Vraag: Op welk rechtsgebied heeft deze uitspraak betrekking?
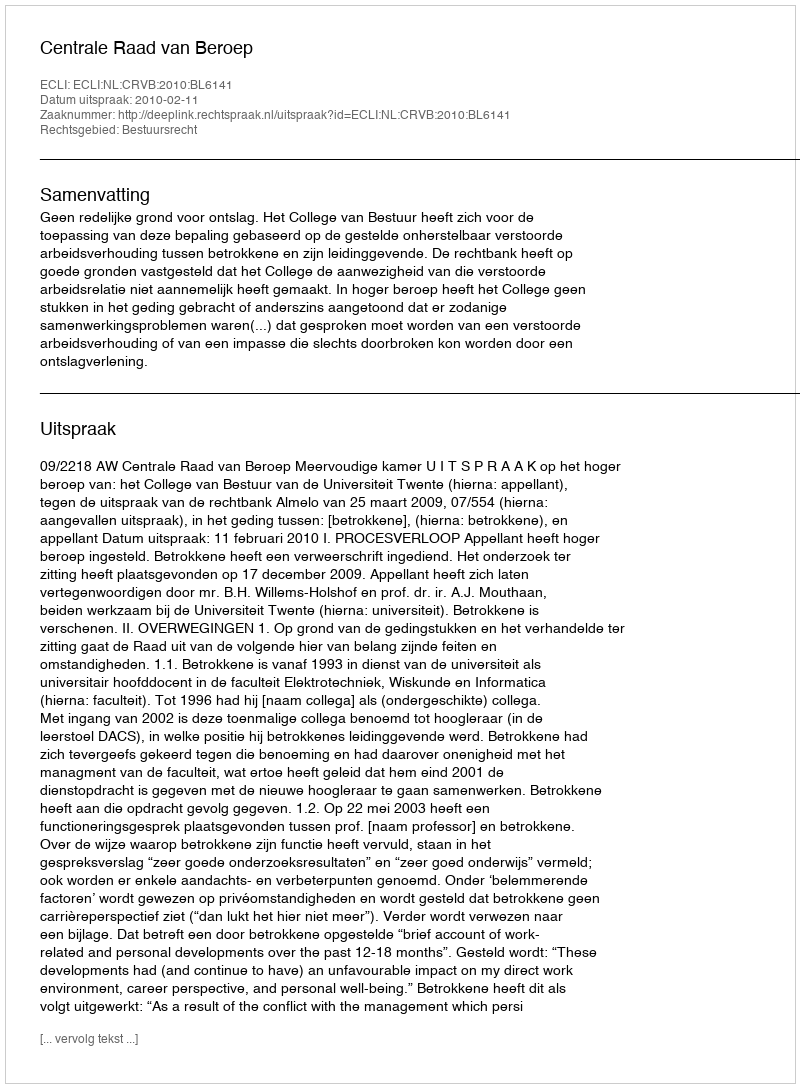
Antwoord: Bestuursrecht